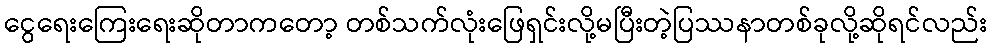
ငွေရေးကြေးရေးဆိုတာကတော့ တစ်သက်လုံးဖြေရှင်းလို့မပြီးတဲ့ပြဿနာတစ်ခုလို့ဆိုရင်လည်း